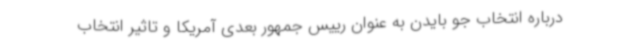
درباره انتخاب جو بایدن به عنوان رییس جمهور بعدی آمریکا و تاثیر انتخاب